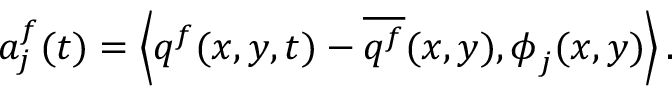
a _ { j } ^ { f } ( t ) = \left< \boldsymbol { q } ^ { f } ( x , y , t ) - \overline { { \boldsymbol { q } ^ { f } } } ( x , y ) , \boldsymbol { \phi } _ { j } ( x , y ) \right> .